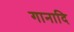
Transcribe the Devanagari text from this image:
गानादि